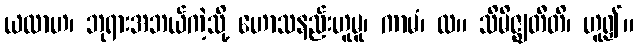
ယထာဟ၊ ဘုရားအဘယ်ကဲ့သို့ ဟောသနည်းဟူမူ၊ ကာမံ၊ လ။ သိမိဇ္ဈတီတိ၊ ဟူ၍။